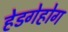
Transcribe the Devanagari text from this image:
हेडगेहोग